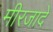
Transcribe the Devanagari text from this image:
मीरजादे